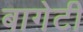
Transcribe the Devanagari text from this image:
बागेटी